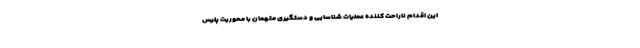
این اقدام ناراحت کننده عملیات شناسایی و دستگیری متهمان با محوریت پلیس